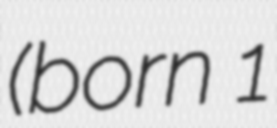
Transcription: (born 1